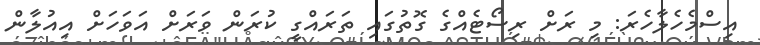
އިސްމެހެލާހެރަ: މި ރަށް ރިސޯޓެއްގެ ގޮތުގައި ތަރައްގީ ކުރަން ވަރަށް އަވަހަށް އިއުލާން